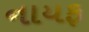
નાયફ